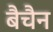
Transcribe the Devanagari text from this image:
बैचैन